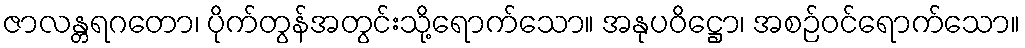
ဇာလန္တရဂတော၊ ပိုက်တွန်အတွင်းသို့ရောက်သော။ အနုပဝိဋ္ဌော၊ အစဉ်ဝင်ရောက်သော။